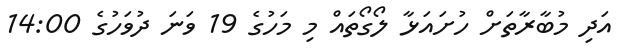
އަދި މުބާރާތަށް ހުށައަޅާ ލޯގޯތައް މި މަހުގެ 19 ވަނަ ދުވަހުގެ 14:00